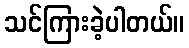
သင်ကြားခဲ့ပါတယ်။